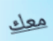
معك